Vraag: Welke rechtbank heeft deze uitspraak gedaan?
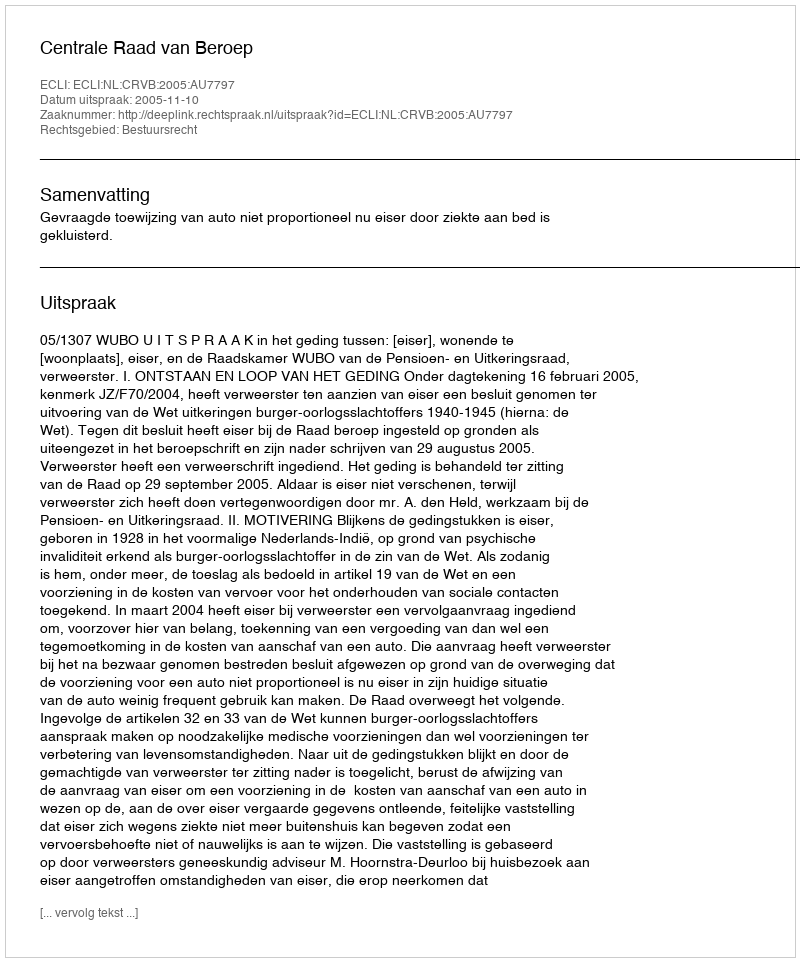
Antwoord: Centrale Raad van Beroep